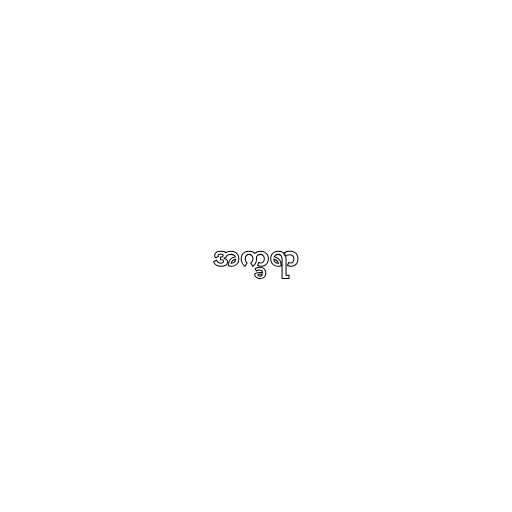
အက္ခရာ